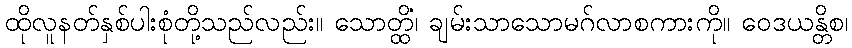
ထိုလူနတ်နှစ်ပါးစုံတို့သည်လည်း။ သောတ္ထိံ၊ ချမ်းသာသောမဂ်လာစကားကို။ ဝေဒယန္တိစ၊